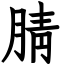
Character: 腈